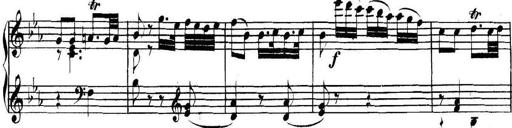
Title: Collected Piano Sonatas
Composer: Muzio Clementi